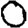
Digit: 0